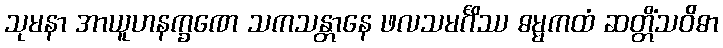
သုမနာ အာယူဟနက္ခဏေ သကသန္တာနေ ဖလသမင်္ဂိဿ ဓမ္မကထံ ဆတ္တိံသဝိဓာ